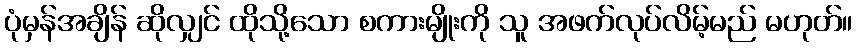
ပုံမှန်အချိန် ဆိုလျှင် ထိုသို့သော စကားမျိုးကို သူ အဖက်လုပ်လိမ့်မည် မဟုတ်။